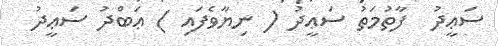
ސަޢީދު  ފާތުމަތު ސަޢީދު ( ނިޔާވެފައި ) ޢަބްދު ސަޢީދު